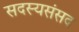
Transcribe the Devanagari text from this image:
सदस्यसंसद